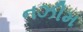
નઝીમ